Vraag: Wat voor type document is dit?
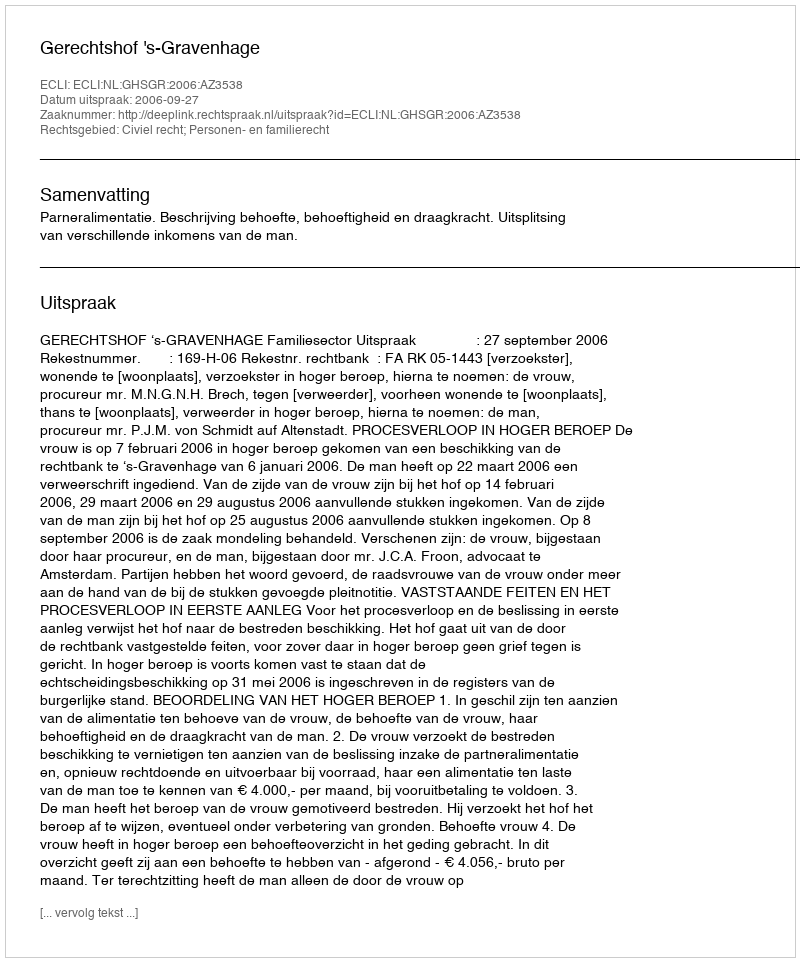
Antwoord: Uitspraak